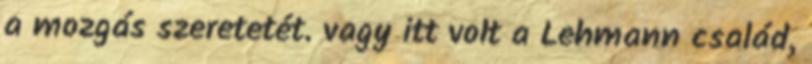
a mozgás szeretetét. vagy itt volt a Lehmann család,